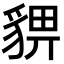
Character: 𧳠